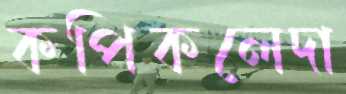
কপিকলেদা